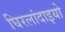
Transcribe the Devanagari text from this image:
घिरलांदाइयो